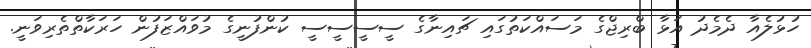
ހުޅުލެއާ ދެމެދު އަޅާ ބްރިޖްގެ މަސައްކަތުގައި ޗައިނާގެ ސީސީސީސީ ކުންފުނީގެ މުވައްޒަފުން ހަރަކާތްތެރިވަނީ.